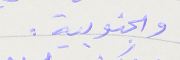
والجنوبية.